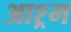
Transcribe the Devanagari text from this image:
आश्र्म